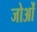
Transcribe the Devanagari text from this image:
जोओं